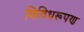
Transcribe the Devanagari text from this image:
विविधरूपण